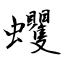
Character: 蠼